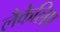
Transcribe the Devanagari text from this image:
लैकेलिए